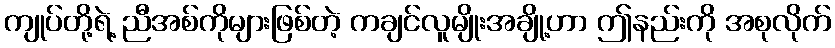
ကျုပ်တို့ရဲ့ ညီအစ်ကိုများဖြစ်တဲ့ ကချင်လူမျိုးအချို့ဟာ ဤနည်းကို အစုလိုက်